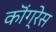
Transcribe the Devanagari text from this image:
कॊंग्रेस